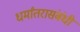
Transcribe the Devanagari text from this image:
धर्मांतरासंबंधी